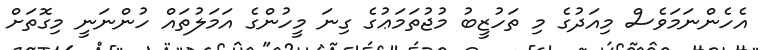
އެހެންނަމަވެސް މިއަދުގެ މި ތަހުޒީބު މުޖުތަމަޢުގެ ގިނަ މީހުންގެ އަމަލުތައް ހުންނަނީ މިގޮތަށް